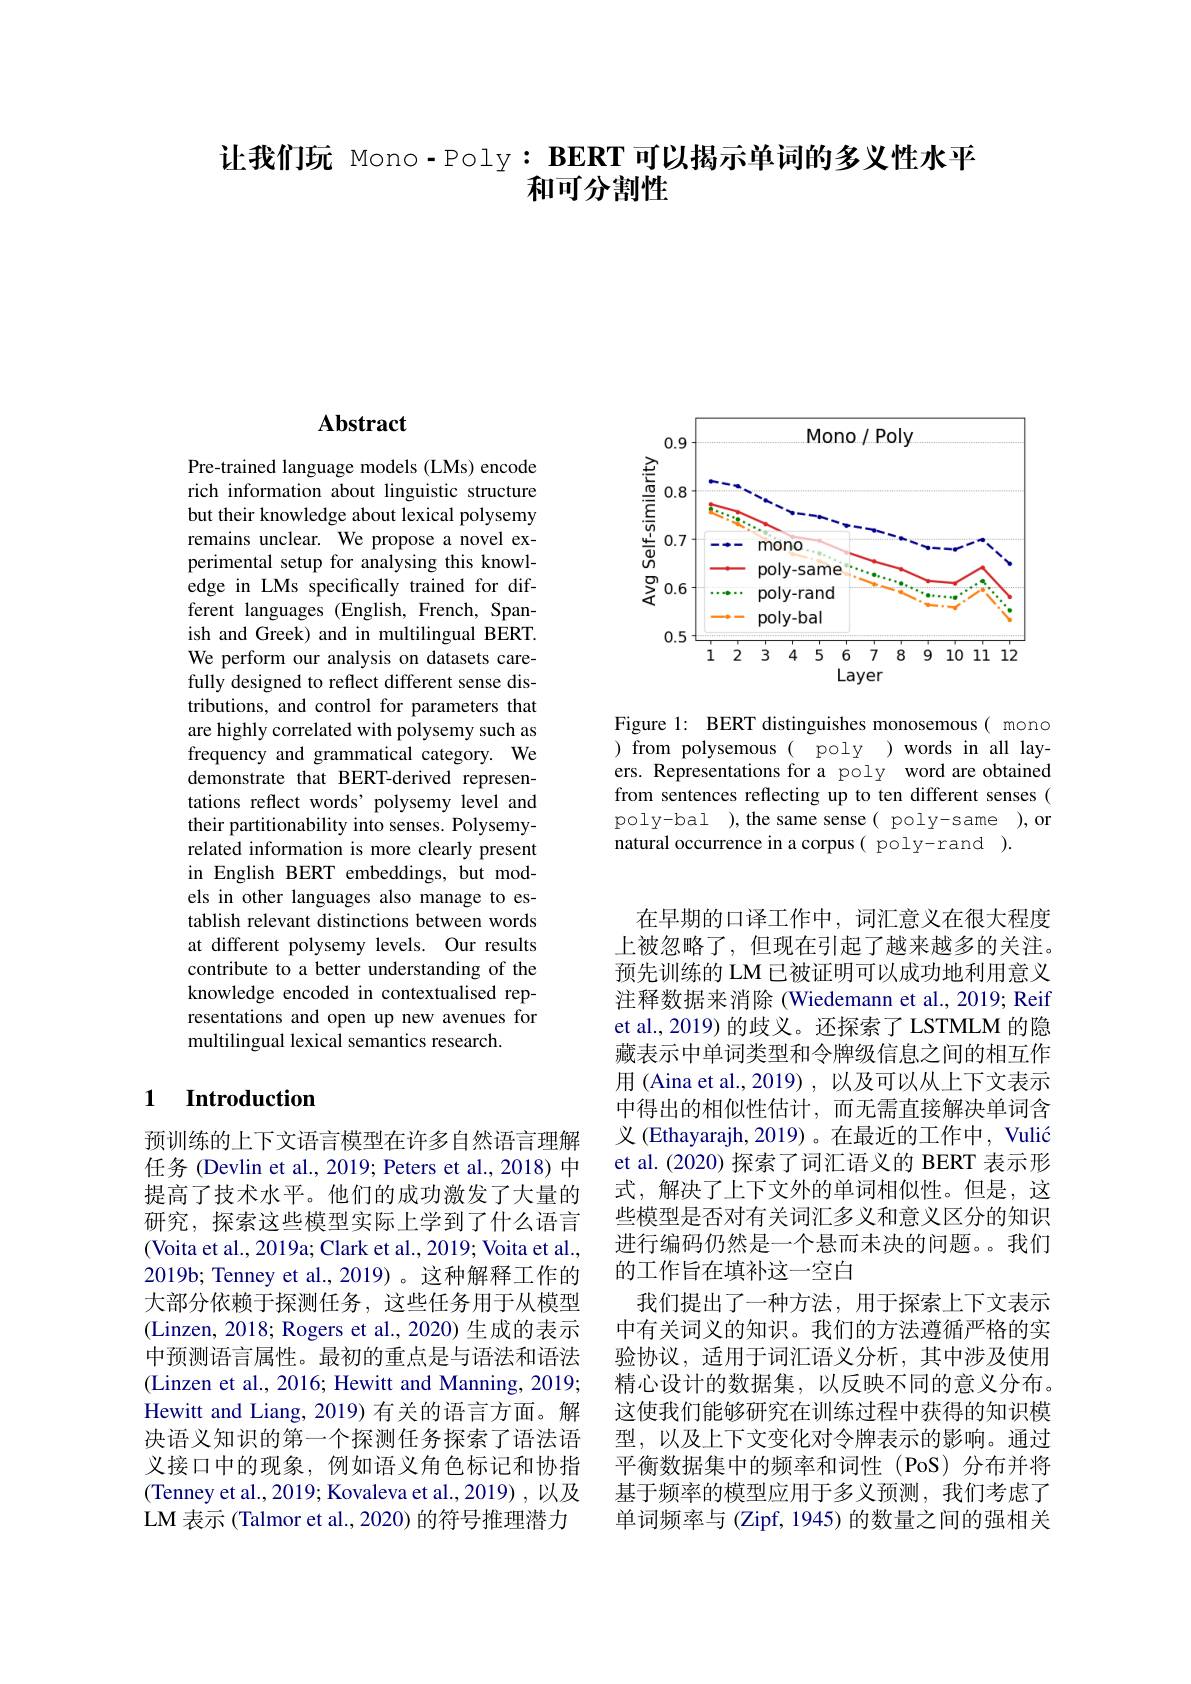
让我们玩 Mono- Poly: BERT 可以揭示单词的多义性水平
和可分割性

## $\mathbf{Abstract}$

Pre-trained language models (LMs) encode rich information about linguistic structure but their knowledge about lexical polysemy remains unclear. We propose a novel experimental setup for analysing this knowledge in LMs specifically trained for different languages (English, French, Spanish and Greek) and in multilingual BERT. We perform our analysis on datasets carefully designed to reflect different sense distributions, and control for parameters that are highly correlated with polysemy such as frequency and grammatical category. We demonstrate that BERT-derived representations reflect words' polysemy level and their partitionability into senses. Polysemyrelated information is more clearly present in English BERT embeddings, but models in other languages also manage to establish relevant distinctions between words at different polysemy levels. Our results contribute to a better understanding of the knowledge encoded in contextualised representations and open up new avenues for multilingual lexical semantics research.

### $\textbf{1}$ $\textbf{Introduction}$

预训练的上下文语言模型在许多自然语言理解任务 (Devlin et al., 2019; Peters et al., 2018) 中提高了技术水平。他们的成功激发了大量的研究，探索这些模型实际上学到了什么语言(Voita et al., 2019a; Clark et al., 2019; Voita et al., 2019b; Tenney et al., 2019) 。这种解释工作的大部分依赖于探测任务，这些任务用于从模型(Linzen, 2018; Rogers et al., 2020) 生成的表示中预测语言属性。最初的重点是与语法和语法(Linzen et al., 2016; Hewitt and Manning, 2019; Hewitt and Liang, 2019) 有关的语言方面。解决语义知识的第一个探测任务探索了语法语义接口中的现象，例如语义角色标记和协指(Tenney et al., 2019; Kovaleva et al., 2019) , 以及LM 表示 (Talmor et al., 2020) 的符号推理潜力

<FigureHere>

Figure 1: BERT distinguishes monosemous( mono )from polysemous(poly)wordsinall layers. Representations for a poly word are obtained from sentences reflecting up to ten different senses ( poly-bal ),the same sense( poly-same ),or natural occurrence in a corpus( poly-rand ).

在早期的口译工作中，词汇意义在很大程度上被忽略了，但现在引起了越来越多的关注。预先训练的 LM 已被证明可以成功地利用意义注释数据来消除 (Wiedemann et al., 2019; Reif et al., 2019) 的歧义。还探索了 LSTMLM 的隐藏表示中单词类型和令牌级信息之间的相互作用 (Aina et al., 2019) , 以及可以从上下文表示中得出的相似性估计，而无需直接解决单词含义 (Ethayarajh, 2019) 。在最近的工作中，Vulić et al. (2020) 探索了词汇语义的 BERT 表示形式，解决了上下文外的单词相似性。但是，这些模型是否对有关词汇多义和意义区分的知识进行编码仍然是一个悬而未决的问题。。我们的工作旨在填补这一空白
我们提出了一种方法，用于探索上下文表示中有关词义的知识。我们的方法遵循严格的实验协议，适用于词汇语义分析，其中涉及使用精心设计的数据集，以反映不同的意义分布。这使我们能够研究在训练过程中获得的知识模型，以及上下文变化对令牌表示的影响。通过平衡数据集中的频率和词性(PoS)分布并将基于频率的模型应用于多义预测，我们考虑了单词频率与(Zipf, 1945) 的数量之间的强相关